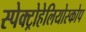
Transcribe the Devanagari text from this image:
स्पेक्ट्रोहेलियोस्कोप